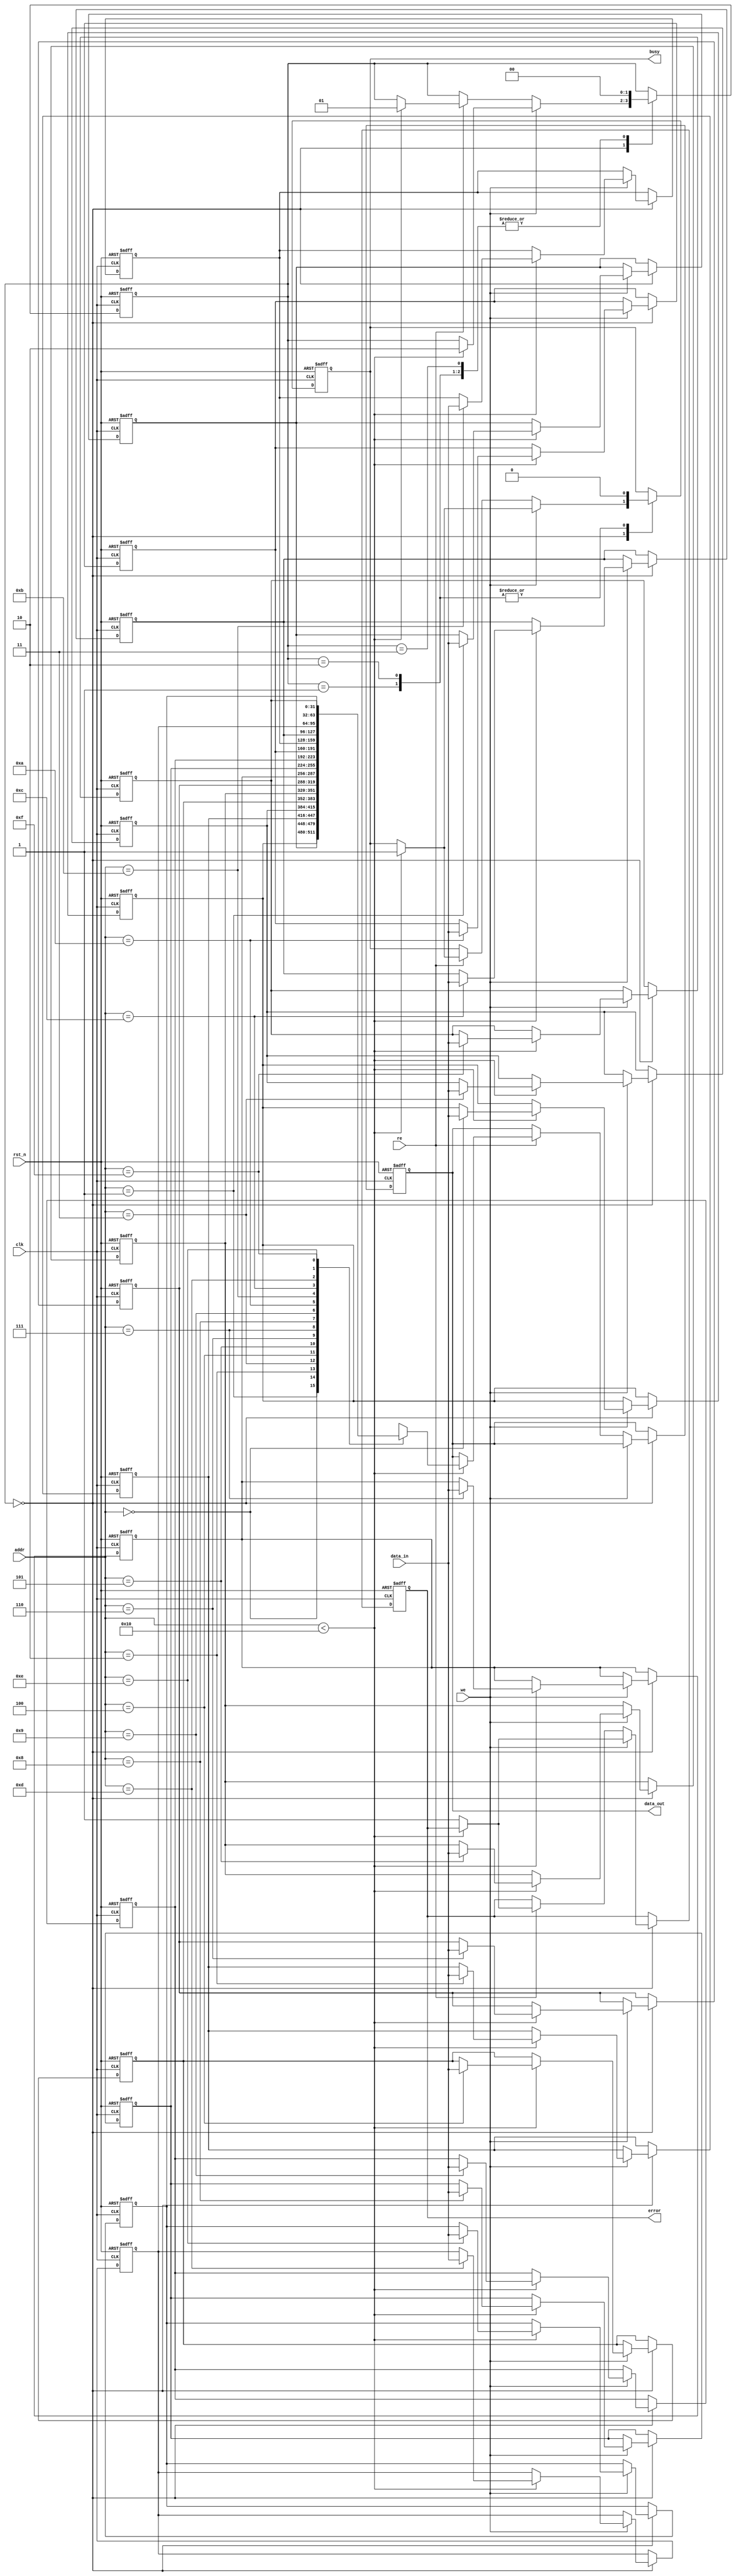
module shared_memory (
    input wire clk,
    input wire rst_n,
    input wire [3:0] addr,            // 4-bit address for 16 memory locations
    input wire [31:0] data_in,        // Data input (32 bits)
    output reg [31:0] data_out,       // Data output (32 bits)
    input wire we,                     // Write Enable
    input wire re,                     // Read Enable
    output reg busy,                   // Status indicator: Busy/Idle
    output reg error                   // Error indicator
);
    // Memory storage (16 locations, each 32 bits)
    reg [31:0] mem [15:0];

    // State for arbitration (1 if busy, 0 if idle)
    reg [1:0] arb_state;  // 0: Idle, 1: Read, 2: Write, 3: Error

    // Memory initialization on reset
    integer i;
    always @(posedge clk or negedge rst_n) begin
        if (!rst_n) begin
            // Initialize memory
            for (i = 0; i < 16; i = i + 1) begin
                mem[i] <= 32'b0;
            end
            busy <= 0;
            error <= 0;
            arb_state <= 0;
            data_out <= 32'b0;
        end else begin
            // Handle read and write operations
            case (arb_state)
                0: begin // Idle
                    if (we) begin
                        if (addr < 16) begin
                            mem[addr] <= data_in; // Write data to memory
                            busy <= 1;
                            arb_state <= 2; // Move to Write state
                        end else begin
                            error <= 1; // Address out of bounds
                        end
                    end else if (re) begin
                        if (addr < 16) begin
                            data_out <= mem[addr]; // Read data from memory
                            busy <= 1;
                            arb_state <= 1; // Move to Read state
                        end else begin
                            error <= 1; // Address out of bounds
                        end
                    end
                end
                
                1: begin // Read
                    busy <= 0; // Finished reading
                    arb_state <= 0; // Go back to Idle
                end
                
                2: begin // Write
                    busy <= 0; // Finished writing
                    arb_state <= 0; // Go back to Idle
                end
                
                3: begin // Error state
                    // Handle error state (could reset error flag)
                    arb_state <= 0; // Go back to Idle
                end
                
                default: arb_state <= 0; // Default state to Idle
            endcase
        end
    end
endmodule